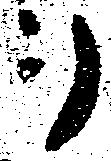
ヲ